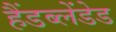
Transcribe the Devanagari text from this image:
हैंडब्लेंडेड